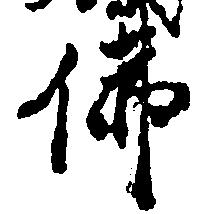
仏